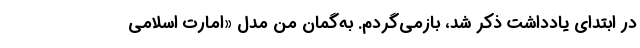
در ابتدای یادداشت ذکر شد، بازمی‌گردم. به‌گمان من مدل «امارت اسلامی